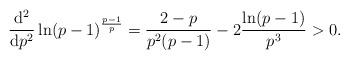
LaTeX: \begin{align*} \frac{\mathrm{d}^2}{\mathrm{d}p^2}\ln(p-1)^\frac{p-1}{p}=\frac{2-p}{p^2(p-1)}-2\frac{\ln(p-1)}{p^3}>0.\end{align*}